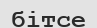
бітсе